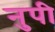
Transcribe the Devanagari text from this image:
नुपी